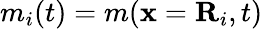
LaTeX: m_{i}(t)=m(\mathbf{x}=\mathbf{R}_{i},t)